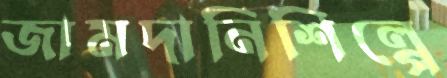
জামদানিশিল্পে